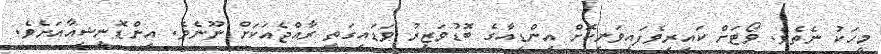
މީހަކު ނެތެވެ. ވޯޓަށް ކައިރިވެފައިވަނިކޮށް އިންޑިއާގެ ބޮޑުވަޒީރު ވަޑައިގަތީ ރާއްޖެއަކަށް ނޫނެވެ. އިންޑޮނީޝިއާއަށެވެ.